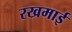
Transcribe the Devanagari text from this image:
रखमाई